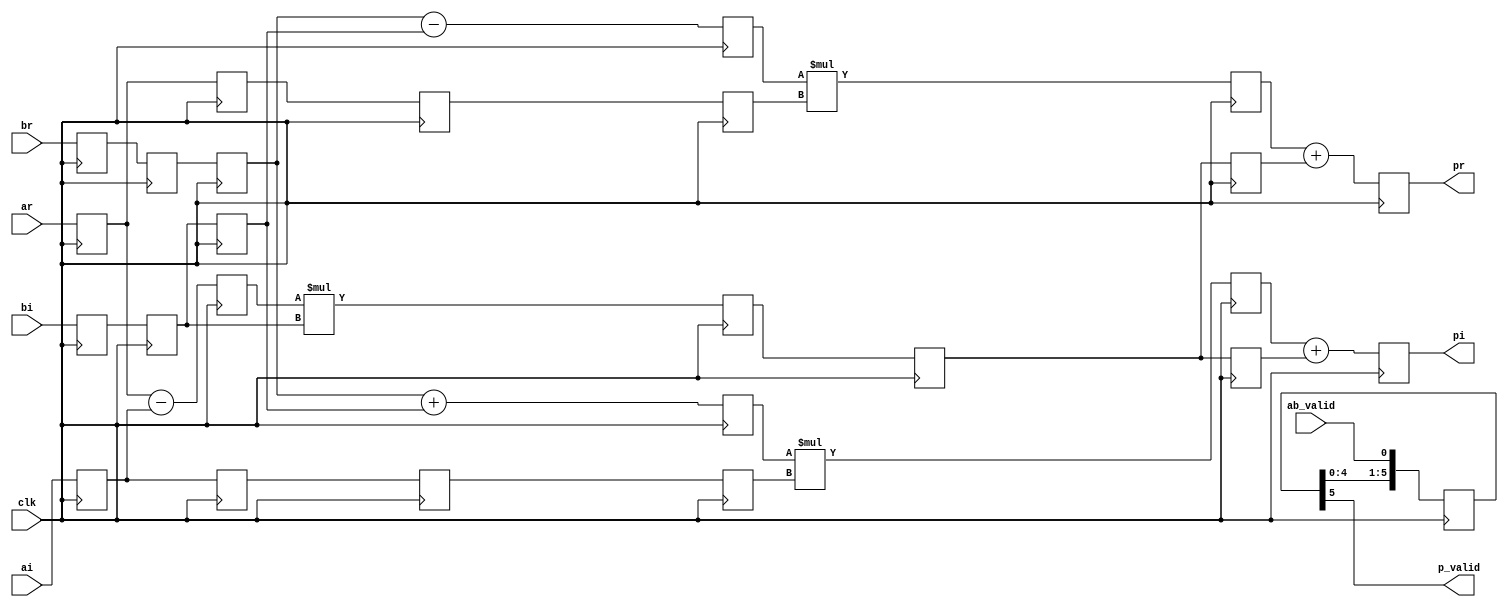
`timescale 1ns / 1ps

/*
* module: 		complex_mult_dsp_impl
* description:
*				use 3 DSPs implement
*               input signed width 16 bits
*				output signed width 33 bits
*				output delay 5 clock cycles
*
*  Complex Multilier
*  The following code implements a parameterizable complex multiplier
*  The style described uses 3 DSP's to implement the complex multiplier
*  taking advantage of the pre-adder, so widths chosen should be less than what the architecture supports or else extra-logic/extra DSPs will be inferred
*  parameter WIDTH = <WIDTH>;  // size input of multiplier
*
*/

module complex_mult_dsp_impl
#(
	parameter WIDTH=16
)(

	clk,

	ab_valid,
	ar,ai,
	br,bi,

	p_valid,
	pr,pi

    );

	input clk;               // Clock
	input ab_valid;
	input signed [WIDTH-1:0] 	    ar, ai; // 1st inputs real and imaginary parts
	input signed [WIDTH-1:0] 	    br, bi; // 2nd inputs real and imaginary parts
	output p_valid;
	output signed [WIDTH+WIDTH:0] pr, pi; // output signal


	reg signed [WIDTH-1:0]	ai_d, ai_dd, ai_ddd, ai_dddd;
	reg signed [WIDTH-1:0]	ar_d, ar_dd, ar_ddd, ar_dddd;
	reg signed [WIDTH-1:0]	bi_d, bi_dd, bi_ddd, br_d, br_dd, br_ddd;
	reg signed [WIDTH:0]		addcommon;
	reg signed [WIDTH:0]		addr, addi;
	reg signed [WIDTH+WIDTH:0]	mult0, multr, multi, pr_int, pi_int;
	reg signed [WIDTH+WIDTH:0]	common, commonr1, commonr2;


	reg [5:0] data_valid_reg;

	always@(posedge clk)
	begin
		data_valid_reg[0] <= ab_valid;
		data_valid_reg[5:1] <= data_valid_reg[4:0];
	end

	assign p_valid = data_valid_reg[5];

always @(posedge clk)
  begin
    ar_d   <= ar;
    ar_dd  <= ar_d;
    ai_d   <= ai;
    ai_dd  <= ai_d;
    br_d   <= br;
    br_dd  <= br_d;
    br_ddd <= br_dd;
    bi_d   <= bi;
    bi_dd  <= bi_d;
    bi_ddd <= bi_dd;
  end

   // Common factor (ar ai) x bi, shared for the calculations of the real and imaginary final products
   //
always @(posedge clk)
 begin
	addcommon <= ar_d - ai_d;
	mult0     <= addcommon * bi_dd;
	common    <= mult0;
 end

   // Real product
   //
always @(posedge clk)
 begin
	ar_ddd   <= ar_dd;
	ar_dddd  <= ar_ddd;
	addr     <= br_ddd - bi_ddd;
	multr    <= addr * ar_dddd;
	commonr1 <= common;
	pr_int   <= multr + commonr1;
 end

   // Imaginary product
   //
always @(posedge clk)
 begin
	ai_ddd   <= ai_dd;
	ai_dddd  <= ai_ddd;
	addi     <= br_ddd + bi_ddd;
	multi    <= addi * ai_dddd;
	commonr2 <= common;
	pi_int   <= multi + commonr2;
 end

assign pr = pr_int;
assign pi = pi_int;



endmodule